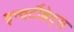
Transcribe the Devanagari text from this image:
इन्वर्टीब्रेट्स